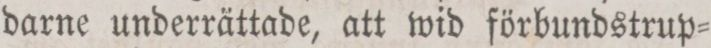
darne underrättade, att wid förbundstrup=